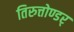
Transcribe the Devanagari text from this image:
तिरुत्तोण्डर्